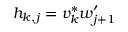
h _ { k , j } = v _ { k } ^ { * } w _ { j + 1 } ^ { \prime }